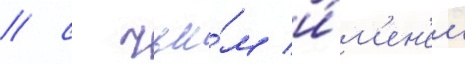
/ с чьи́м и́м'ен'ем